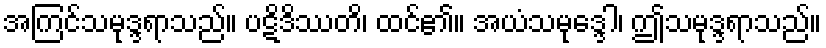
အကြင်သမုဒ္ဒရာသည်။ ပဋိဒိဿတိ၊ ထင်၏။ အယံသမုဒ္ဒေါ၊ ဤသမုဒ္ဒရာသည်။